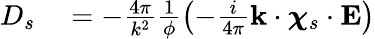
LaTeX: \begin{array}{rl}{D_{s}}&{{}=-\frac{4\pi}{k^{2}}\frac{1}{\phi}\left(-\frac{i}{4\pi}\mathbf{k}\cdot\boldsymbol{\chi}_{s}\cdot\mathbf{E}\right)}\end{array}